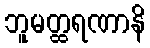
ဘူမတ္ထရဏာနိ